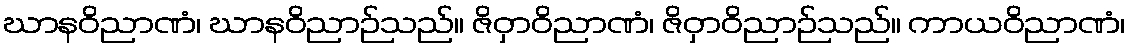
ဃာနဝိညာဏံ၊ ဃာနဝိညာဉ်သည်။ ဇိဝှာဝိညာဏံ၊ ဇိဝှာဝိညာဉ်သည်။ ကာယဝိညာဏံ၊